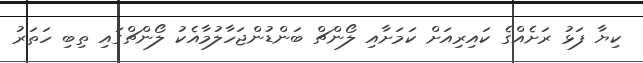
ކިޔާ ފަޅު ރަށެއްގެ ކައިރިއަށް ކަމަށާއި ލޯންޗް ބަންޑުންޖަހާލުމާއެކު ލޯންޗްގައި ތިބި ހަތަރު